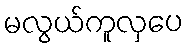
မလွယ်ကူလှပေ